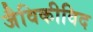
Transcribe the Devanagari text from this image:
जैविकीविद